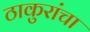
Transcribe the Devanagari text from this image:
ठाकुरांचा